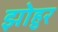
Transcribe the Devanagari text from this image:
झोहुर